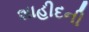
શાહીદની